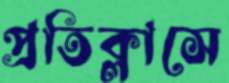
প্রতিক্লাসে